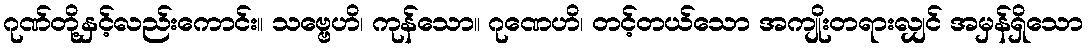
ဂုဏ်တို့နှင့်လည်းကောင်း။ သဗ္ဗေဟိ၊ ကုန်သော။ ဂုဏေဟိ၊ တင့်တယ်သော အကျိုးတရားလျှင် အမှန်ရှိသော